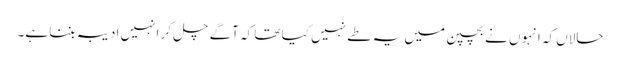
حالاں کہ انہو ں نے بچپن میں یہ طے نہیں کیا تھا کہ آگے چل کر انہیں ادیبہ بننا ہے۔